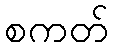
စကတ်